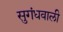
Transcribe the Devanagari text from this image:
सुगंधवाली